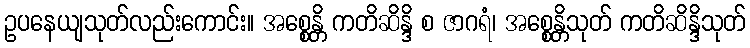
ဥပနေယျသုတ်လည်းကောင်း။ အစ္စေန္တိ ကတိဆိန္ဒိ စ ဇာဂရံ၊ အစ္စေန္တိသုတ် ကတိဆိန္ဒိသုတ်